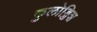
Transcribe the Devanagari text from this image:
कुलोड्डिश